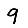
Digit: 9